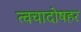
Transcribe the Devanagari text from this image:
त्वचादोषहर